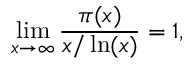
\operatorname* { l i m } _ { x \to \infty } { \frac { \pi ( x ) } { x / \ln ( x ) } } = 1 ,